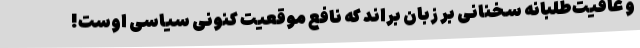
و عافیت‌طلبانه سخنانی بر زبان براند که نافع موقعیت کنونی سیاسی اوست!